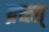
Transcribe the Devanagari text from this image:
ब्रच्त्स्